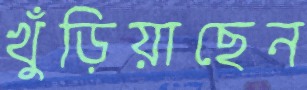
খুঁড়িয়াছেন